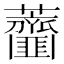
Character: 𧅱